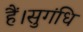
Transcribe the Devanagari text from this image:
हैं।सुगंधि